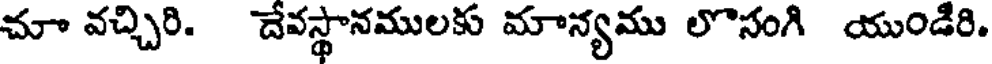
చూ వచ్చిరి. దేవస్థానములకు మాన్యము లొసంగి యుండిరి.